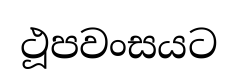
ථූපවංසයට